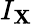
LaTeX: I_{\mathbf{X}}